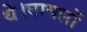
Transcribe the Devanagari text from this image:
थे।घायलों